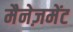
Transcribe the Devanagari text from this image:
मैनेज़मेंट